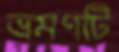
ভ্রমণটি